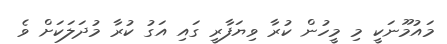
މައުމޫނަކީ މި މީހުން ކުރާ ވިޔަފާރީ ގައި އަގު ކުރާ މުދަލަކަށް ވެ